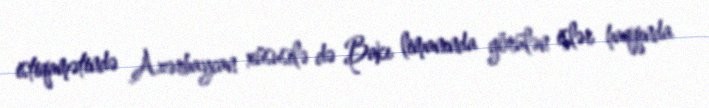
istiqamətində Azərbaycan xüsusilə də Bakı limanında görülən işlər haqqında